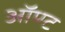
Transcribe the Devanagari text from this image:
ऑण्ट